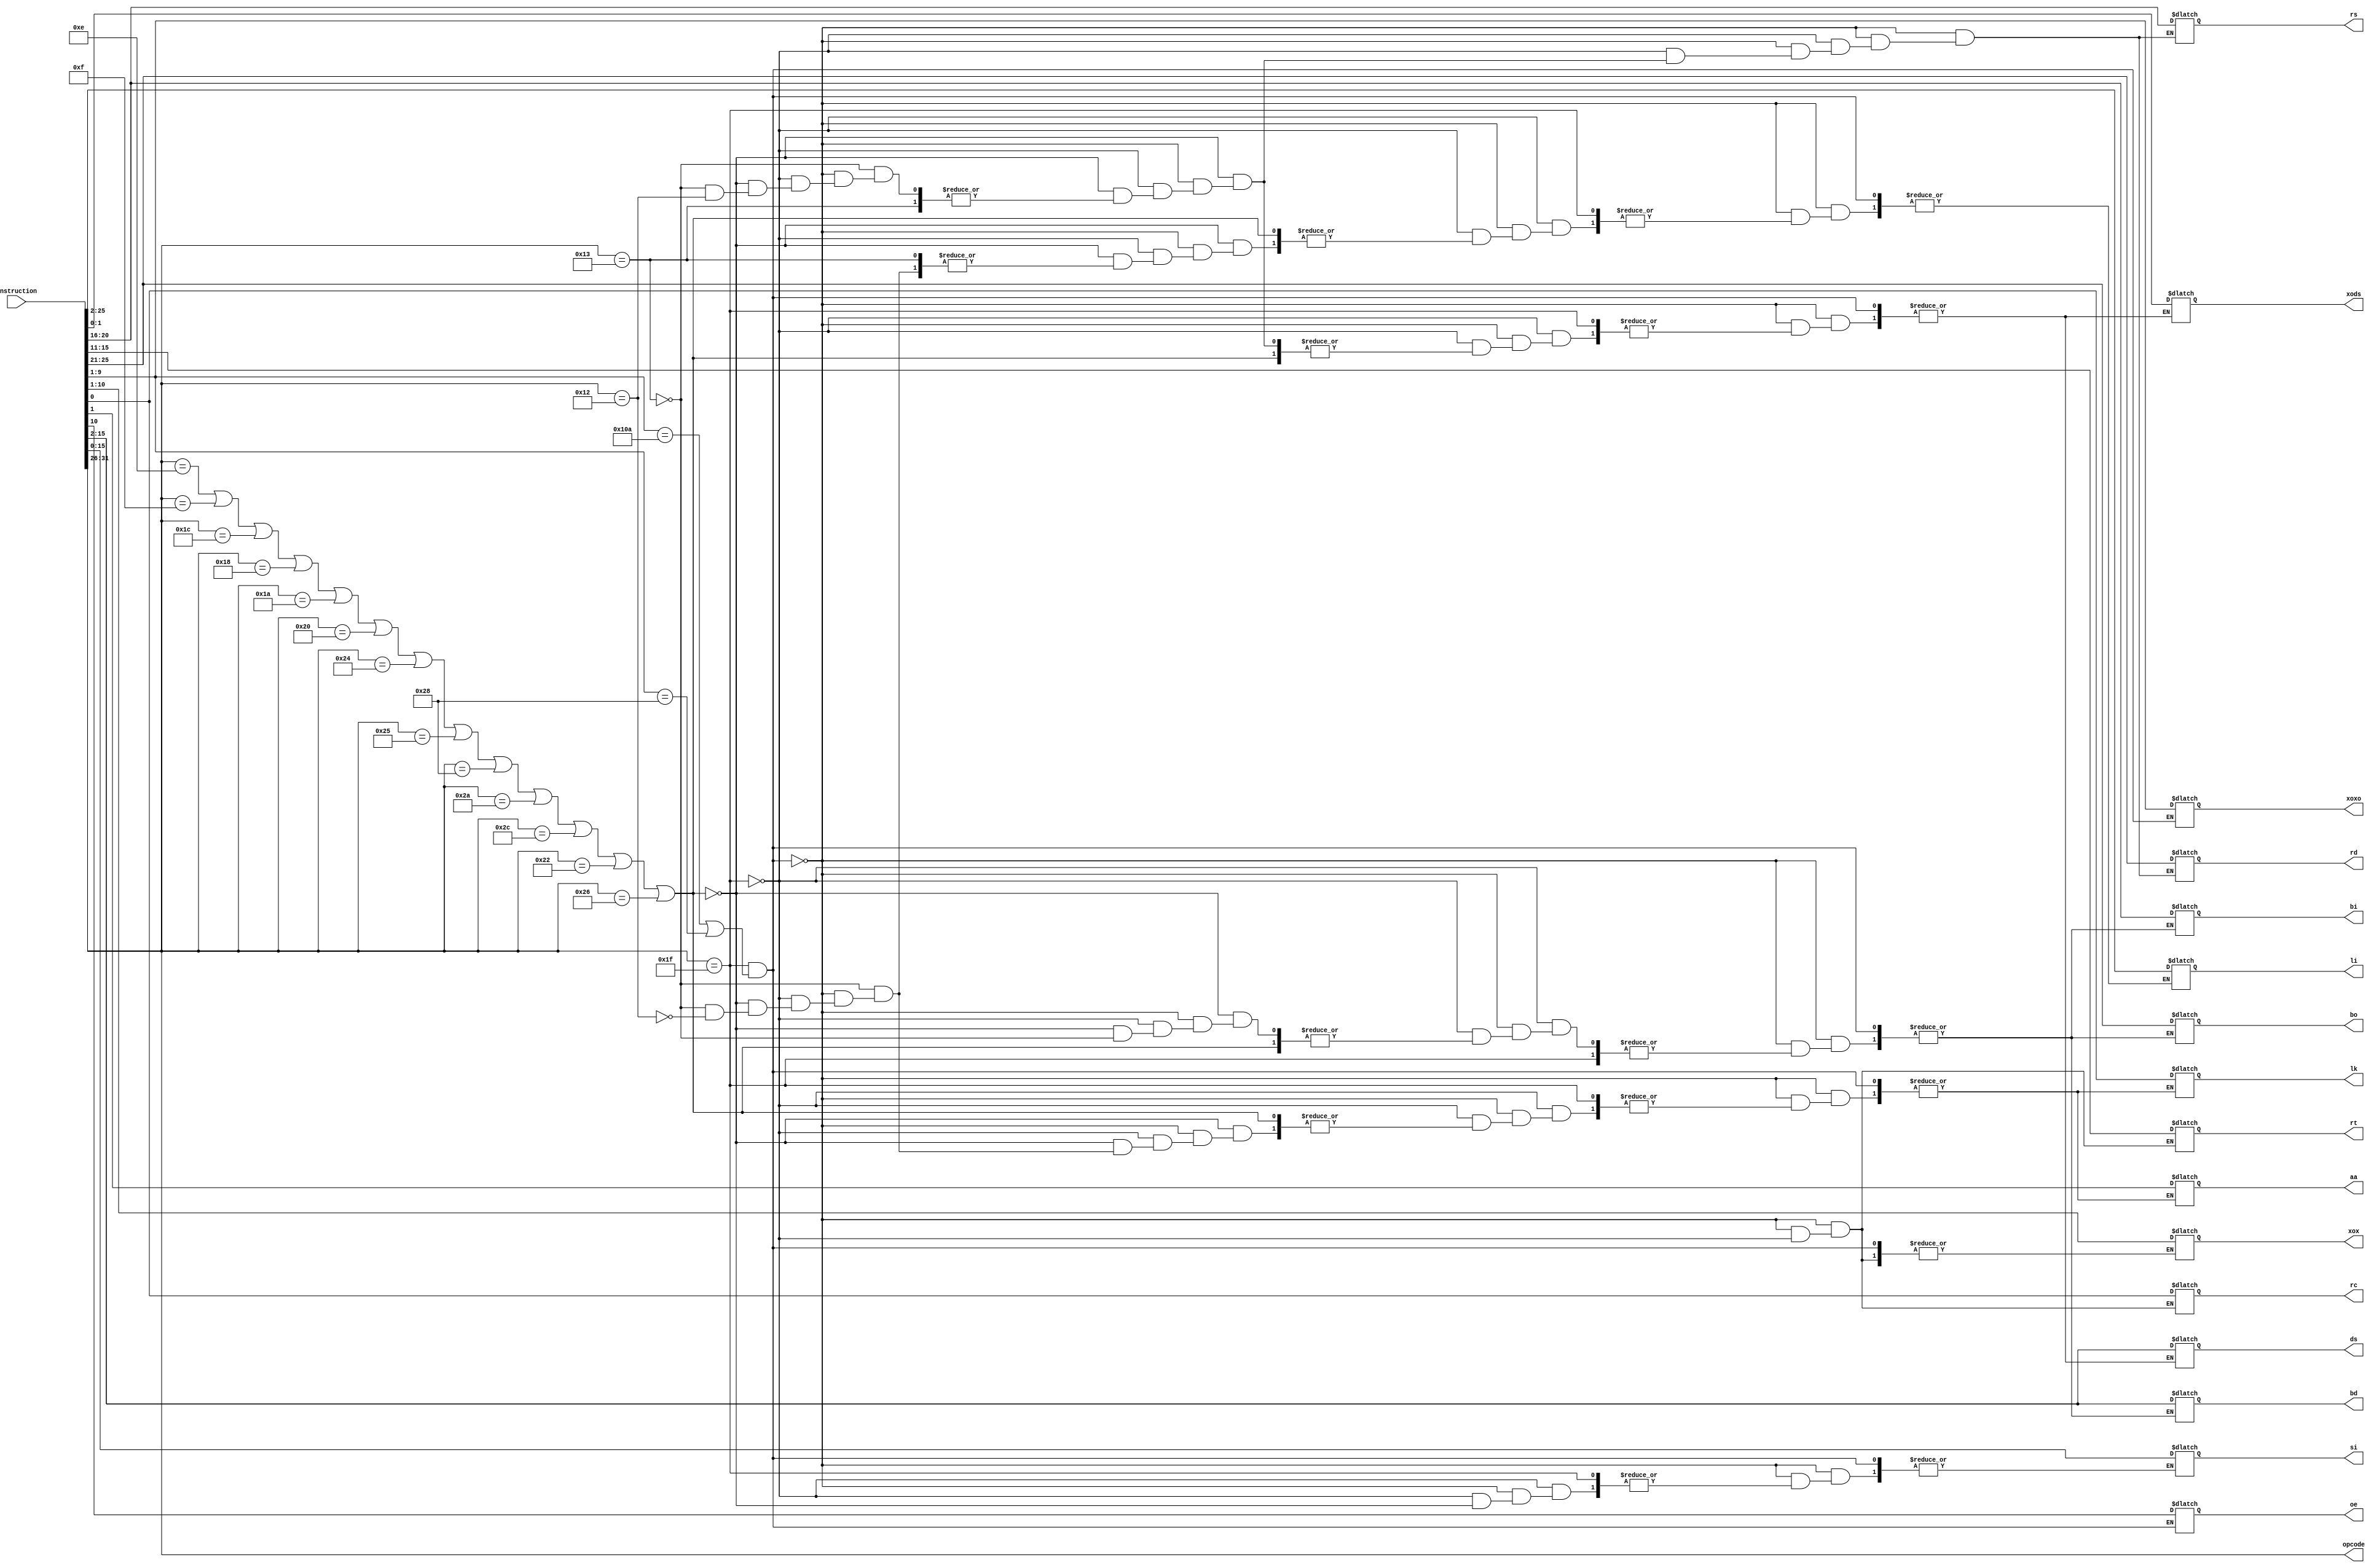
/* Module designed to read the instruction and assign the various
components of the instruction to suitable variables depending on the format
*/

module InstructionParse (
    output wire [5:0] opcode,
    output reg [4:0] rs,rt,rd,bo,bi,
    output reg [8:0] xoxo,
    output reg [9:0] xox,
    output reg rc,aa,lk,oe,
    output reg [13:0] bd,ds,
    output reg [15:0] si,
    output reg [23:0] li,
    output reg [1:0] xods,
    input [31:0] instruction
);
assign opcode = instruction[31:26];

always @(instruction)
 begin
    
    
     if(opcode == 6'd31 & (instruction[9:1] == 9'd266 | instruction[9:1] == 9'd40) )
      begin
          rd = instruction[25:21];
          rs = instruction[20:16];
          rt = instruction[15:11];
          xoxo = instruction[9:1];
          oe = instruction[10];
          rc = instruction[0];
      end
      else if(opcode == 6'd31)
      begin
         xox = instruction[10:1];
         rc = instruction[0];
         rd = instruction[25:21];
         rs = instruction[20:16];
         rt = instruction[15:11];
      end
      else if(opcode ==  6'd14 | opcode == 6'd15 | opcode == 6'd28 |opcode == 6'd24 |opcode == 6'd26 |opcode == 6'd32 |opcode == 6'd36 |opcode == 6'd37 |opcode == 6'd40 | opcode == 6'd42 |opcode == 6'd44 |opcode == 6'd34 |opcode == 6'd38 )
       begin
           rd = instruction[25:21];
           rs = instruction[20:16];
           si = instruction[15:0];
       end  
      else if(opcode == 6'd19)
       begin
         bo = instruction[25:21];
         bi = instruction[20:16];
         aa = instruction[1];
         lk = instruction[0];
         bd = instruction[15:2];
       end
      else if(opcode == 6'd18)
      begin
          li = instruction[25:2];
          aa = instruction[1];
          lk = instruction[0];
      end
      else 
       begin
        rd = instruction[25:21];
        rs = instruction[20:16];
        ds = instruction[15:2];
        xods = instruction[1:0];
      end
 end
endmodule